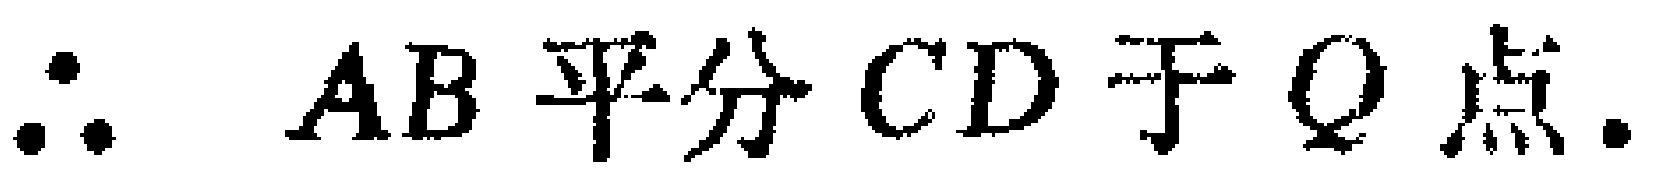
\(\therefore AB\text{ 平分 }CD\text{ 于 }Q\text{ 点}.\)